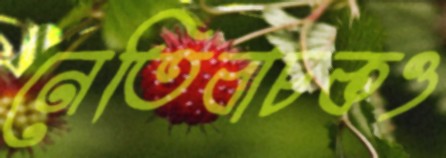
নেতিবাচকও